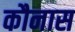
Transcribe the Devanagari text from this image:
कौनास